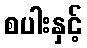
စပါးနှင့်